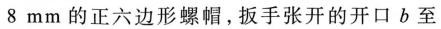
8mm的正六边形螺帽，扳手张开的开口b至